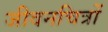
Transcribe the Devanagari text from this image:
जीवनचित्रों